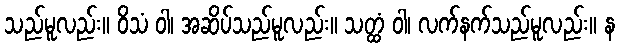
သည်မူလည်း။ ဝိသံ ဝါ၊ အဆိပ်သည်မူလည်း။ သတ္ထံ ဝါ၊ လက်နက်သည်မူလည်း။ န